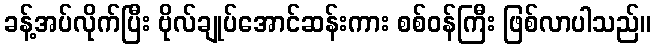
ခန့်အပ်လိုက်ပြီး ဗိုလ်ချုပ်အောင်ဆန်းကား စစ်ဝန်ကြီး ဖြစ်လာပါသည်။